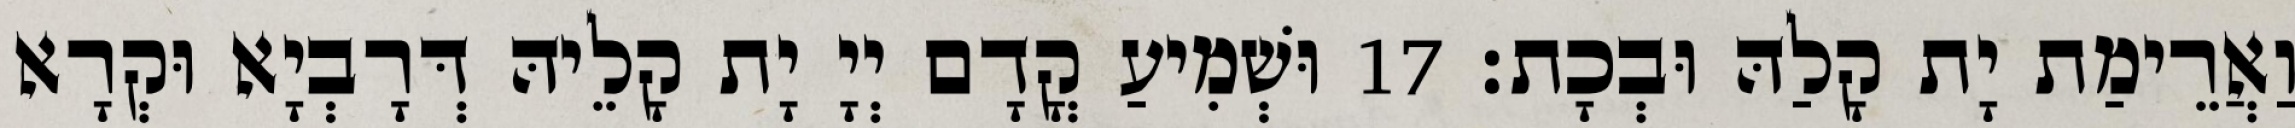
וַאֲרֵימַת יָת קָלַהּ וּבְכָת׃ 17 וּשְׁמִיעַ קֳדָם יְיָ יָת קָלֵיהּ דְּרָבְיָא וּקְרָא